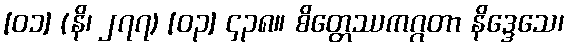
[၀၁] (နိ၊ ၂၇၇) [၀၃] ၄၃၈။ စိတ္တေဿကဂ္ဂတာ နိဒ္ဒေသေ၊